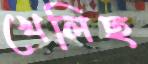
খেলিছ